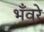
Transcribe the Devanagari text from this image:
भँवरे